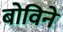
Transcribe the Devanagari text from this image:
बोविने